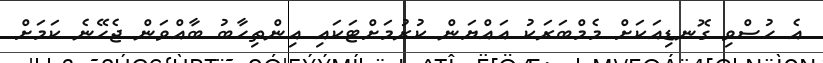
އެ ހުސްވި ގޮނޑިއަކަށް މެމްބަރަކު އައްޔަން ކުރުމަށްޓަކައި އިންތިހާބު ބާއްވަން ޖެހޭނެ ކަމަށް